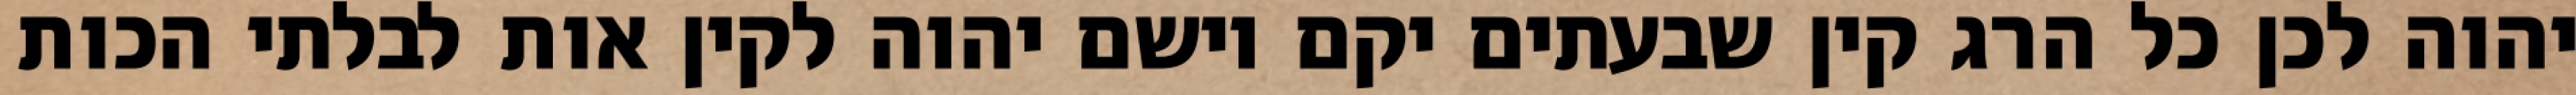
יהוה לכן כל הרג קין שבעתים יקם וישם יהוה לקין אות לבלתי הכות